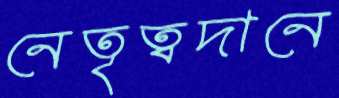
নেতৃত্বদানে